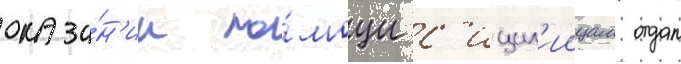
оказа́н'ии по́мощи с'ицил'иицам отдал